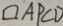
\square A P C D